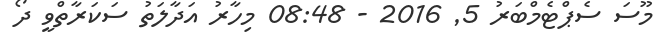
މޫސަ ސެޕްޓެމްބަރު 5